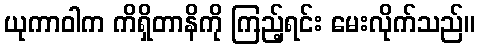
ယုကာဝါက ကိရှိတာနိကို ကြည့်ရင်း မေးလိုက်သည်။